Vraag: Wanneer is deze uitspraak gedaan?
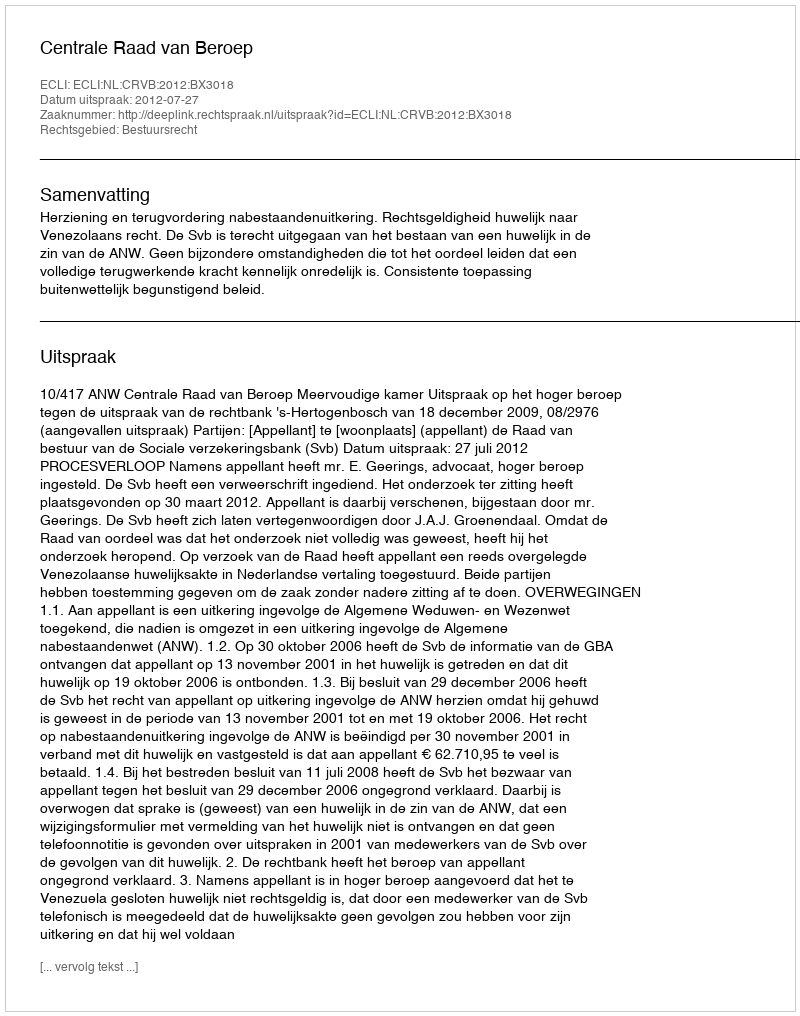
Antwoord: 2012-07-27